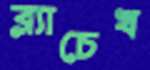
ব্ল্যাচেখ